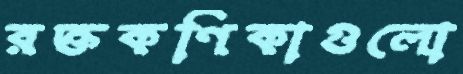
রক্তকণিকাগুলো